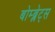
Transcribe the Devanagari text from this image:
बोम्ब्लेट्स